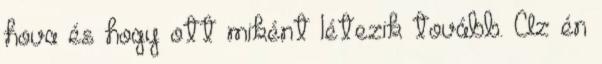
hova és hogy ott miként létezik tovább. Az én